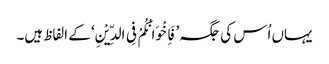
یہاں اُس کی جگہ ’فَاِخْوَانُکُمْ فِی الدِّیْنِ‘ کے الفاظ ہیں۔